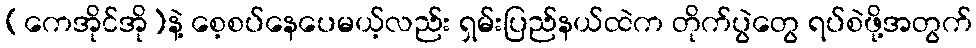
(ကေအိုင်အို)နဲ့ စေ့စပ်နေပေမယ့်လည်း ရှမ်းပြည်နယ်ထဲက တိုက်ပွဲတွေ ရပ်စဲဖို့အတွက်